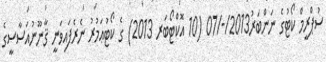
ސުޕްރީމް ކޯޓުގެ ނަންބަރު2013/-/07 (10 އޮކްޓޯބަރ 2013) ގެ ކޯޓުޢަމުރު ނެރެފައިވަނީ ޤާނޫނުއަސާސީގެ